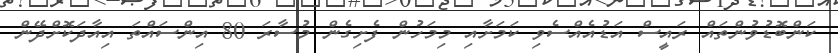
ކަންބޮޑުވުންތައް ރައީސް އަޑުއެއްސެވި ކަމަށާއި މިމަހުން ފެށިގެން މުސާރަ 80 އިންސައްތަ އިއާދަކޮށްދޭން